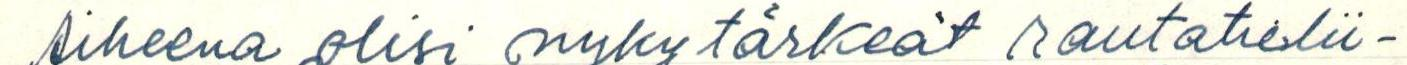
Aiheena olisi nykytärkeät rautatielii-